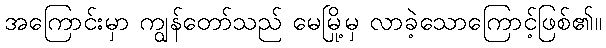
အကြောင်းမှာ ကျွန်တော်သည် မေမြို့မှ လာခဲ့သောကြောင့်ဖြစ်၏။